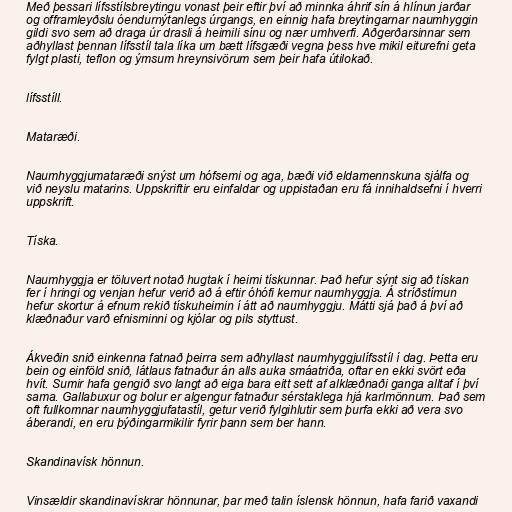
Með þessari lífsstílsbreytingu vonast þeir eftir því að minnka áhrif sín á hlínun jarðar
og offramleyðslu óendurnýtanlegs úrgangs, en einnig hafa breytingarnar naumhyggin
gildi svo sem að draga úr drasli á heimili sínu og nær umhverfi. Aðgerðarsinnar sem
aðhyllast þennan lífsstíl tala líka um bætt lífsgæði vegna þess hve mikil eiturefni geta
fylgt plasti, teflon og ýmsum hreynsivörum sem þeir hafa útilokað.

lífsstíll.

Mataræði.

Naumhyggjumataræði snýst um hófsemi og aga, bæði við eldamennskuna sjálfa og
við neyslu matarins. Uppskriftir eru einfaldar og uppistaðan eru fá innihaldsefni í hverri
uppskrift.

Tíska.

Naumhyggja er töluvert notað hugtak í heimi tískunnar. Það hefur sýnt sig að tískan
fer í hringi og venjan hefur verið að á eftir óhófi kemur naumhyggja. Á stríðstímun
hefur skortur á efnum rekið tískuheimin í átt að naumhyggju. Mátti sjá það á því að
klæðnaður varð efnisminni og kjólar og pils styttust.

Ákveðin snið einkenna fatnað þeirra sem aðhyllast naumhyggjulífsstíl í dag. Þetta eru
bein og einföld snið, látlaus fatnaður án alls auka smáatriða, oftar en ekki svört eða
hvít. Sumir hafa gengið svo langt að eiga bara eitt sett af alklæðnaði ganga alltaf í því
sama. Gallabuxur og bolur er algengur fatnaður sérstaklega hjá karlmönnum. Það sem
oft fullkomnar naumhyggjufatastíl, getur verið fylgihlutir sem þurfa ekki að vera svo
áberandi, en eru þýðingarmikilir fyrir þann sem ber hann.

Skandinavísk hönnun.

Vinsældir skandinavískrar hönnunar, þar með talin íslensk hönnun, hafa farið vaxandi